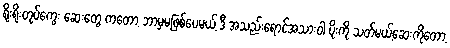
ရိုးရိုးတုပ်ကွေး ဆေးတွေ ကတော့ ဘာမှမဖြစ်ပေမယ့် ဒီ အသည်းရောင်အသားဝါ ပိုးကို သတ်မယ့်ဆေးကိုတော့